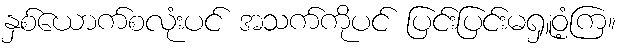
နှစ်ယောက်စလုံးပင် အသက်ကိုပင် ပြင်းပြင်းမရှူဝံ့ကြ။